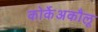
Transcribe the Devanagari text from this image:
कोर्केअकौलू